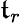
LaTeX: \mathfrak{t}_{r}